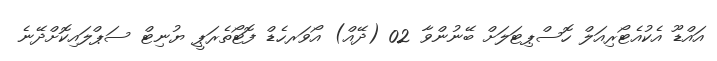
އައްޑޫ އެކުއެޓޯރިއަލް ހޮސްޕިޓަލަށް ބޭނުންވާ 02 (ދޭއް) އޯވަރހެޑް ފޮޓޯތެރަޕީ ޔުނިޓް ސަޕްލައިކޮށްދޭނެ